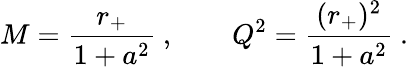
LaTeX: M={\frac{r_{+}}{1+a^{2}}}\ ,\qquad Q^{2}={\frac{(r_{+})^{2}}{1+a^{2}}}\ .